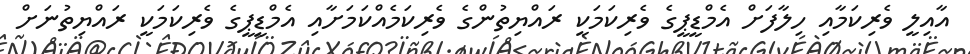
އާއިލީ ވެރިކަމާއި ހިލާފަށް އެމްޑީޕީގެ ވެރިކަމަކީ ރައްޔިތުންގެ ވެރިކަމެއްކަމަށާއި އެމްޑީޕީގެ ވެރިކަމަކީ ރައްޔިތުނަށް